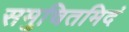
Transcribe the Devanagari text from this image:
समुचितमिदं